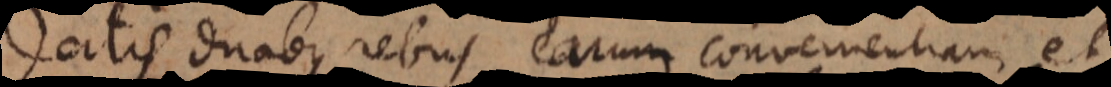
Datis duabus rebus earum convenientiam et